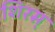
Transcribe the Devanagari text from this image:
शिरस्